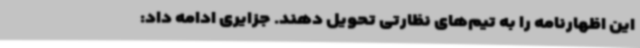
این اظهارنامه را به تیم‌های نظارتی تحویل دهند. جزایری ادامه داد: